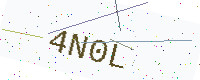
Text: 4N0L